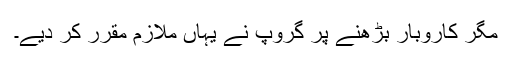
مگر کاروبار بڑھنے پر گروپ نے یہاں ملازم مقرر کر دیے۔